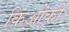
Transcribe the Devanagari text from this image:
किओंकी